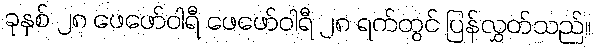
ခုနှစ် ၂၈ ဖေဖော်ဝါရီ ဖေဖော်ဝါရီ ၂၈ ရက်တွင် ပြန်လွှတ်သည်။